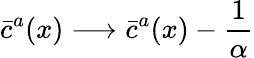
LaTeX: \bar{c}^{a}(x)\longrightarrow\bar{c}^{a}(x)-\frac{1}{\alpha}